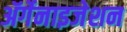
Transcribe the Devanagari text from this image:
ॲर्गेनाइजेशन